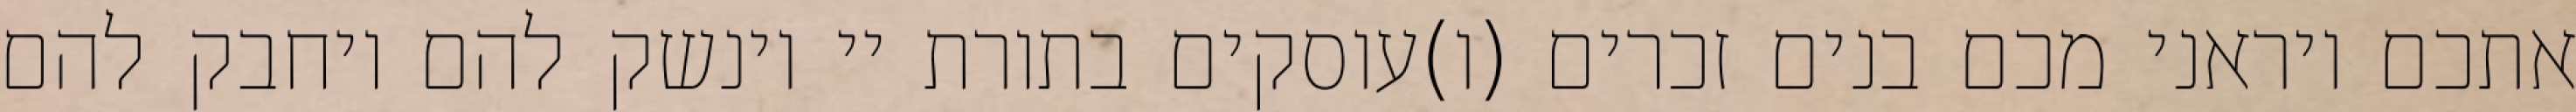
אתכם ויראני מכם בנים זכרים (ו)עוסקים בתורת יי וינשק להם ויחבק להם